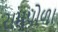
રામપોળા